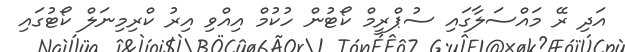
އަދި ރޭ މައްސަލާގައި ސުޕްރީމް ކޯޓުން ހުކުމް އިއްވި އިރު ކްރިމިނަލް ކޯޓުގައި